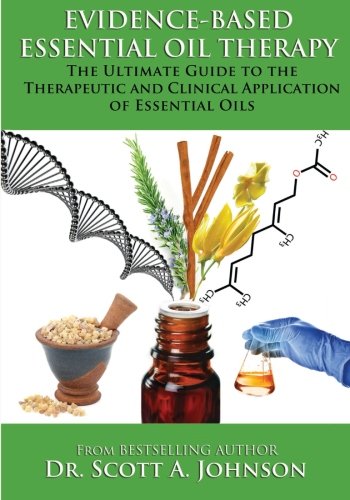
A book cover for Evidence-based Essential Oil Therapy: The Ultimate Guide to the Therapeutic  and Clinical Application of Essential Oils; Dr. Scott A Johnson; Health, Fitness & Dieting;